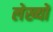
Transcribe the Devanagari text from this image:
लेख्यों